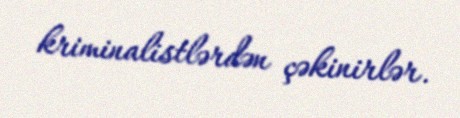
kriminalistlərdən çəkinirlər.